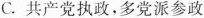
C.共产党执政，多党派参政